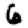
Digit: 6